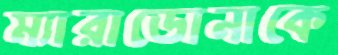
ম্যারাডোনাকে